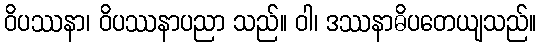
ဝိပဿနာ၊ ဝိပဿနာပညာ သည်။ ဝါ၊ ဒဿနာဓိပတေယျသည်။